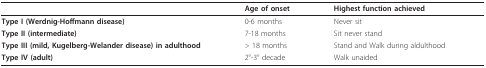
<table><thead><tr><td></td><td><b>Age of onset</b></td><td><b>Highest function achieved</b></td></tr></thead><tbody><tr><td><b>Type I (Werdnig-Hoffmann disease)</b></td><td>0-6 months</td><td>Never sit</td></tr><tr><td><b>Type II (intermediate)</b></td><td>7-18 months</td><td>Sit never stand</td></tr><tr><td><b>Type III (mild, Kugelberg-Welander disease) in adulthood</b></td><td>&gt; 18 months</td><td>Stand and Walk during aldulthood</td></tr><tr><td><b>Type IV (adult)</b></td><td>2°-3° decade</td><td>Walk unaided</td></tr></tbody></table>